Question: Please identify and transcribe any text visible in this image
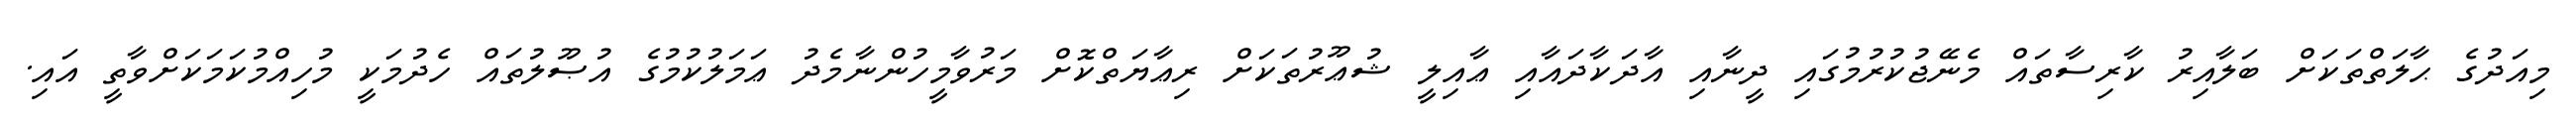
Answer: މިއަދުގެ ޙާލަތްތަކަށް ބަލާއިރު ކާރިސާތައް މެނޭޖުކުރުމުގައި ދީނާއި އާދަކާދައާއި ޢާއިލީ ޝުޢޫރުތަކަށް ރިޢާޔަތްކޮށް މަރުވާމީހުންނާމެދު ޢަމަލުކުމުގެ އުޞޫލުތައް ހެދުމަކީ މުހިއްމުކަމަކަށްވާތީ އައި.